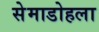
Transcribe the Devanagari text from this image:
सेमाडोहला